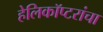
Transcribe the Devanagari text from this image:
हेलिकॉप्टरांचा